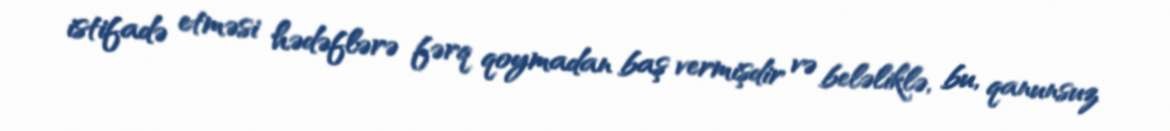
istifadə etməsi hədəflərə fərq qoymadan baş vermişdir və beləliklə, bu, qanunsuz